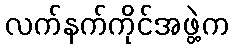
လက်နက်ကိုင်အဖွဲ့က